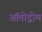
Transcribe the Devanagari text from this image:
ऑतोद्रोम